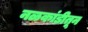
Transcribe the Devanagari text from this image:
नळकांडीतून